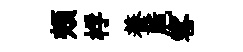
頰桴養巵客